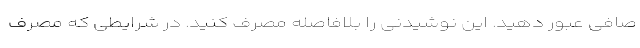
صافی عبور دهید. این نوشیدنی را بلافاصله مصرف کنید. در شرایطی که مصرف